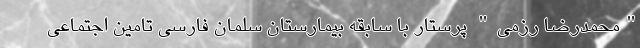
"محمدرضا رزمی" پرستار با سابقه بیمارستان سلمان فارسی تامین اجتماعی